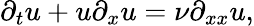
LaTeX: \partial_{t}u+u\partial_{x}u=\nu\partial_{xx}u,